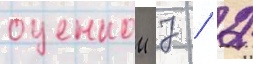
оценкои 7 / 2